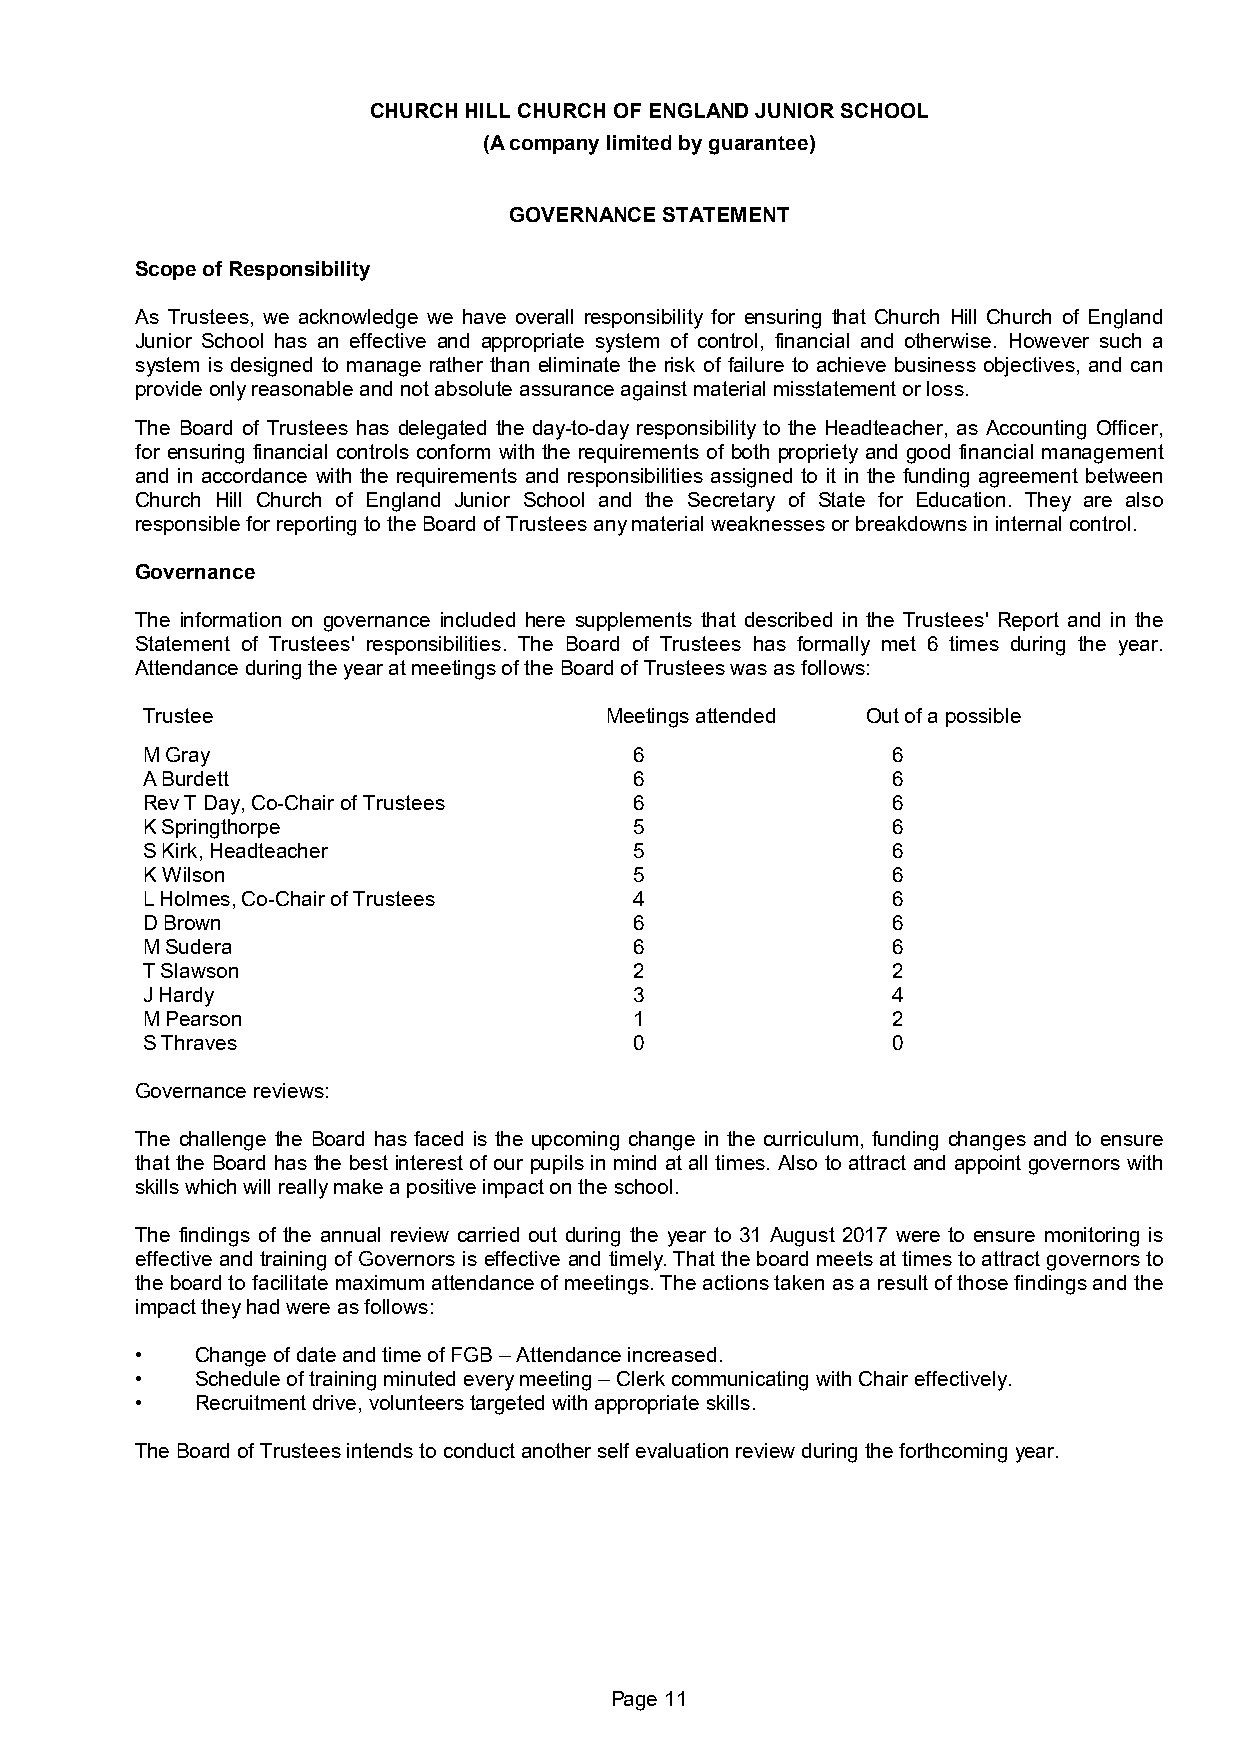
CHURCH HILL CHURCH OF ENGLAND JUNIOR SCHOOL
 (A company limited by guarantee)
 GOVERNANCE STATEMENT
 Scope of Responsibility
 As Trustees, we acknowledge we have overall responsibility for ensuring that Church Hill Church of England
 Junior School has an effective and appropriate system of control, financial and otherwise. However such a
 system is designed to manage rather than eliminate the risk of failure to achieve business objectives, and can
 provide only reasonable and not absolute assurance against material misstatement or loss.
 The Board of Trustees has delegated the day-to-day responsibility to the Headteacher, as Accounting Officer,
 for ensuring financial controls conform with the requirements of both propriety and good financial management
 and in accordance with the requirements and responsibilities assigned to it in the funding agreement between
 Church Hill Church of England Junior School and the Secretary of State for Education. They are also
 responsible for reporting to the Board of Trustees any material weaknesses or breakdowns in internal control.
 Governance
 The information on governance included here supplements that described in the Trustees' Report and in the
 Statement of Trustees' responsibilities. The Board of Trustees has formally met 6 times during the year.
 Attendance during the year at meetings of the Board of Trustees was as follows:
 Trustee                        Meetings attended Out of a possible
 M Gray                           6                6
 A Burdett                        6                6
 Rev T Day, Co-Chair of Trustees  6                6
 K Springthorpe                   5                6
 S Kirk, Headteacher              5                6
 K Wilson                         5                6
 L Holmes, Co-Chair of Trustees   4                6
 D Brown                          6                6
 M Sudera                         6                6
 T Slawson                        2                2
 J Hardy                          3                4
 M Pearson                        1                2
 S Thraves                        0                0
 Governance reviews:
 The challenge the Board has faced is the upcoming change in the curriculum, funding changes and to ensure
 that the Board has the best interest of our pupils in mind at all times. Also to attract and appoint governors with
 skills which will really make a positive impact on the school.
 The findings of the annual review carried out during the year to 31 August 2017 were to ensure monitoring is
 effective and training of Governors is effective and timely. That the board meets at times to attract governors to
 the board to facilitate maximum attendance of meetings. The actions taken as a result of those findings and the
 impact they had were as follows:
 •   Change of date and time of FGB – Attendance increased.
 •   Schedule of training minuted every meeting – Clerk communicating with Chair effectively.
 •   Recruitment drive, volunteers targeted with appropriate skills.
 The Board of Trustees intends to conduct another self evaluation review during the forthcoming year.
 Page 11